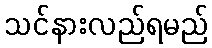
သင်နားလည်ရမည်